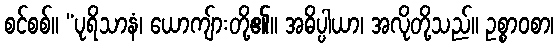
စင်စစ်။ “ပုရိသာနံ၊ ယောကျ်ားတို့၏။ အဓိပ္ပါယာ၊ အလိုတို့သည်။ ဥစ္စာဝစာ၊